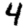
Digit: 4